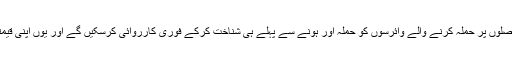
دوسری جانب کسان بھی اپنی فصلوں پر حملہ کرنے والے وائرسوں کو حملہ آور ہونے سے پہلے ہی شناخت کرکے فوری کارروائی کرسکیں گے اور یوں اپنی قیمتی فصل کا تحفظ کرسکیں گے۔